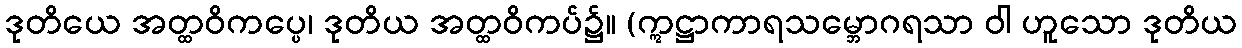
ဒုတိယေ အတ္ထဝိကပ္ပေ၊ ဒုတိယ အတ္ထဝိကပ်၌။ (ဣဋ္ဌာကာရသမ္ဘောဂရသာ ဝါ ဟူသော ဒုတိယ